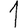
Digit: 1